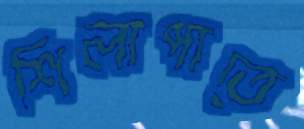
শিলাপাতে